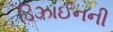
ડિઝાઈનની